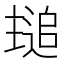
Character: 𬻾